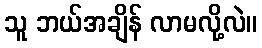
သူ ဘယ်အချိန် လာမလို့လဲ။